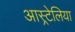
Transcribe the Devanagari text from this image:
आस्र्टेलिया